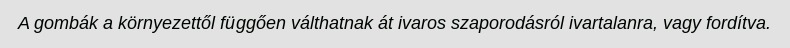
A gombák a környezettől függően válthatnak át ivaros szaporodásról ivartalanra, vagy fordítva.